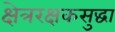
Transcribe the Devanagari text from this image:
क्षेत्ररक्षकसुद्धा